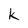
Character: k